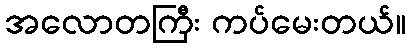
အလောတကြီး ကပ်မေးတယ်။